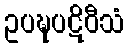
ဥပဍ္ဎပဋိဝီသံ